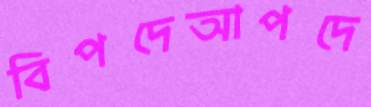
বিপদেআপদে